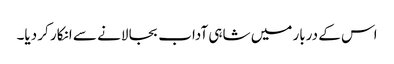
اس کے دربار میں شاہی آداب بجا لانے سے انکار کر دیا۔